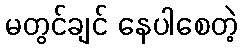
မတွင်ချင် နေပါစေတဲ့